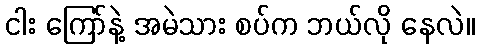
ငါး ကြော်နဲ့ အမဲသား စပ်က ဘယ်လို နေလဲ။